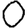
Digit: 0